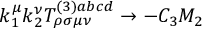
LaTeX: k _ { 1 } ^ { \mu } k _ { 2 } ^ { \nu } T _ { \rho \sigma \mu \nu } ^ { ( 3 ) a b c d } \rightarrow - C _ { 3 } M _ { 2 }